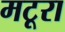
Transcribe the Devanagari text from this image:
मटूरा